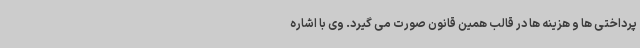
پرداختی ها و هزینه ها در قالب همین قانون صورت می گیرد. وی با اشاره